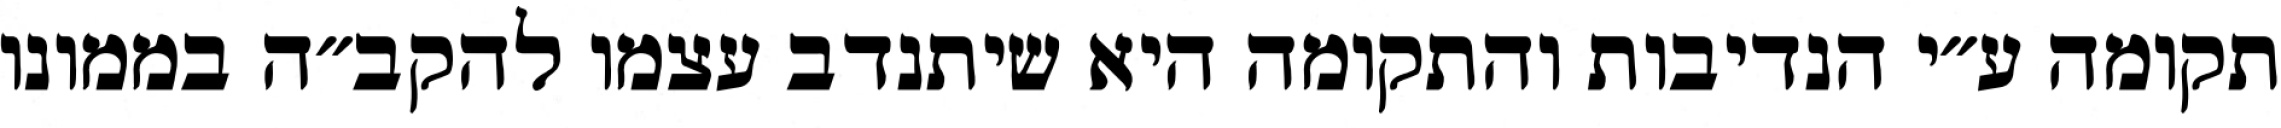
תקומה ע״י הנדיבות והתקומה היא שיתנדב עצמו להקב״ה בממונו